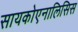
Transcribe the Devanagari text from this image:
सायकोएनालिसिस